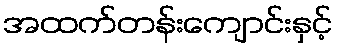
အထက်တန်းကျောင်းနှင့်